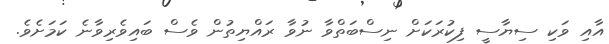
އާއި ވަކި ސިޔާސީ ފިކުރަކަށް ނިސްބަތްވާ ނުވާ ރައްޔިތުން ވެސް ބައިވެރިވާނެ ކަމަށެވެ.